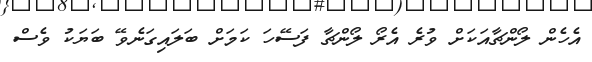
އެހެން ލޯންޗާއަކަށް ވުރެ އެރޯ ލޯންޗާ ފަސޭހަ ކަމަށް ބަަލައިގަނެވޭ ބަޔަކު ވެސް